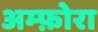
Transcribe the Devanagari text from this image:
अम्फ़ोरा